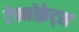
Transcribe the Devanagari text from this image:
टेक्नोक्रेट्स